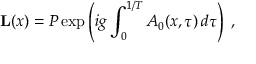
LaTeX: { \bf L } ( x ) = { \cal P } \exp \left( i g \int _ { 0 } ^ { 1 / T } A _ { 0 } ( x , \tau ) \, d \tau \right) \; ,